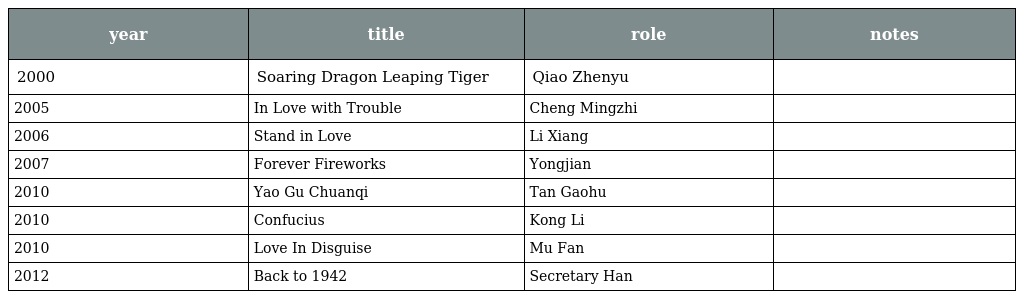
| year | title | role | notes |
 | --- | --- | --- | --- |
 | 2000 | Soaring Dragon Leaping Tiger 龙腾虎跃 | Qiao Zhenyu |  |
 | 2005 | In Love with Trouble 爱上麻烦 | Cheng Mingzhi |  |
 | 2006 | Stand in Love 不完全恋人 | Li Xiang |  |
 | 2007 | Forever Fireworks 烟花恋人 | Yongjian |  |
 | 2010 | Yao Gu Chuanqi 腰鼓传奇 | Tan Gaohu |  |
 | 2010 | Confucius 孔子 | Kong Li |  |
 | 2010 | Love In Disguise 恋爱通告 | Mu Fan |  |
 | 2012 | Back to 1942 一九四二 | Secretary Han |  |